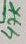
Text: 47K